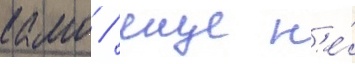
камо / еще н'е́